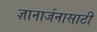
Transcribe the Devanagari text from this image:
ज्ञानार्जनासाठी